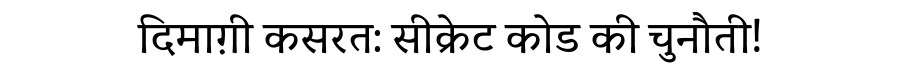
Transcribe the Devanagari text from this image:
दिमाग़ी कसरत: सीक्रेट कोड की चुनौती!